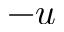
- u